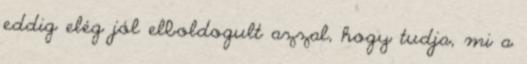
eddig elég jól elboldogult azzal, hogy tudja, mi a